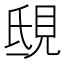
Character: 𧠟